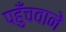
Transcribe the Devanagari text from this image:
पहुँचवाने